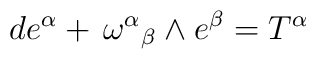
de^\alpha +{{\,\omega}^\alpha}_\beta \wedge e^\beta=T^\alpha